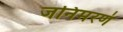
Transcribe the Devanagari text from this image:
जनिमरणं